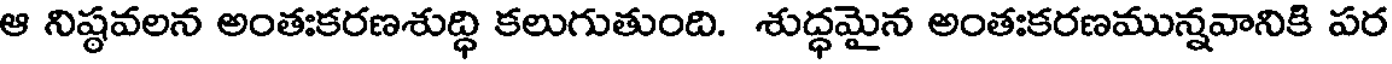
ఆ నిష్ఠవలన అంతఃకరణశుద్ధి కలుగుతుంది. శుద్ధమైన అంతఃకరణమున్నవానికి పర